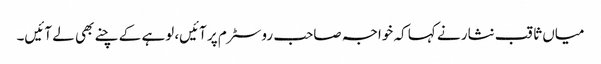
میاں ثاقب نثار نے کہا کہ خواجہ صاحب روسٹرم پر آئیں، لوہے کے چنے بھی لے آئیں۔